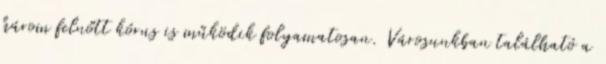
három felnőtt kórus is működik folyamatosan. Városunkban található a